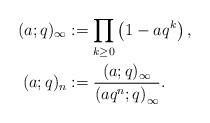
LaTeX: \begin{align*}(a;q)_{\infty} & := \prod_{k \geq 0} \left(1 - aq^k\right), \\(a;q)_n & := \frac{(a;q)_\infty}{\left(aq^n; q\right)_\infty}.\end{align*}